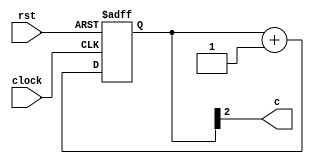
module counter10bit(rst, clock, c );
   input rst;
   input clock;
   output c ;
   reg [9:0]Q;

   always@(posedge clock, negedge rst)
     if (!rst)
       Q <= 0;
     else
       Q <= Q+1;

   assign c = Q[2];

endmodule